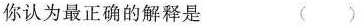
你认为最正确的解释是（）